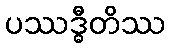
ပဿဒ္ဓီတိဿ